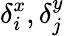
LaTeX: \delta_{i}^{x},\delta_{j}^{y}